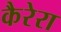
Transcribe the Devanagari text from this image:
कैरेरा